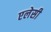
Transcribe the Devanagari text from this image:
एलेसी